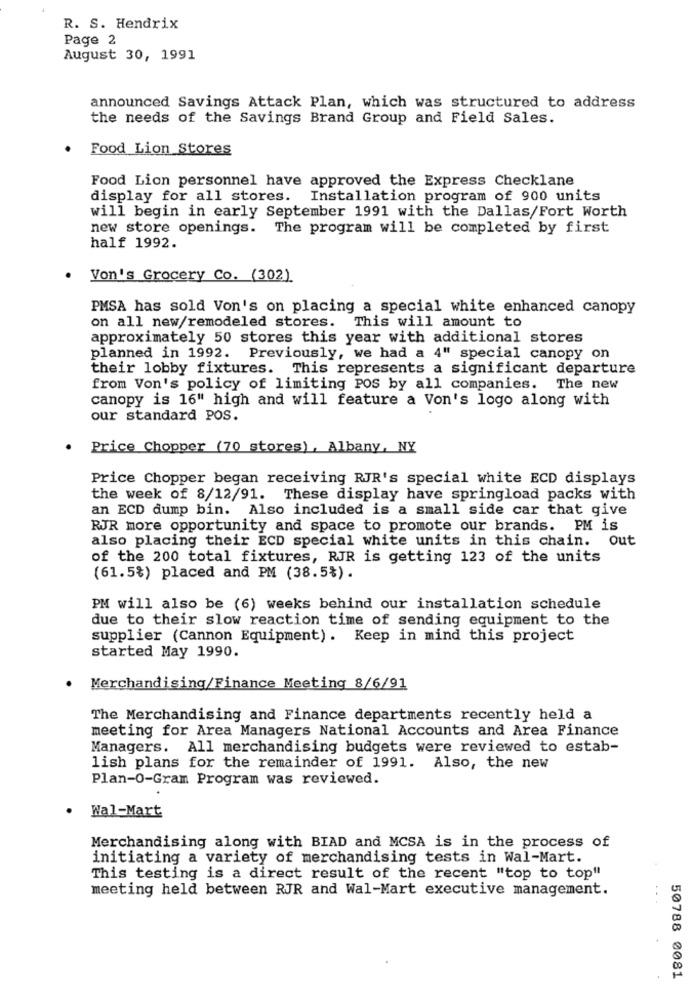
R. S. Hendrix
Page 2
August 30, 1991
announced Savings Attack Plan, which was structured to address
the needs of the Savings Brand Group and Field Sales.
Food Lion Stores
Food Lion personnel have approved the Express Checklane
display for all stores. Installation program of 900 units
will begin in early September 1991 with the Dallas/Fort Worth
new store openings. The program will be completed by first
half 1992.
Von's Grocery Co. (302)
PMSA has sold Von's on placing a special white enhanced canopy
on all new/remodeled stores. This will amount to
approximately 50 stores this year with additional stores
planned in 1992. Previously, we had a 4" special canopy on
their lobby fixtures. This represents a significant departure
from Von's policy of limiting POS by all companies. The new
canopy is 16" high and will feature a Von's logo along with
our standard POS.
Price Chopper (70 stores), Albany, NY
Price Chopper began receiving RJR's special white ECD displays
the week of 8/12/91. These display have springload packs with
an ECD dump bin. Also included is a small side car that give
RJR more opportunity and space to promote our brands. PM is
also placing their ECD special white units in this chain. out
of the 200 total fixtures, RJR is getting 123 of the units
(61.5%) placed and PM (38.5%).
PM will also be (6) weeks behind our installation schedule
due to their slow reaction time of sending equipment to the
supplier (Cannon Equipment). Keep in mind this project
started May 1990.
.
Merchandising/Finance Meeting 8/6/91
The Merchandising and Finance departments recently held a
meeting for Area Managers National Accounts and Area Finance
Managers. All merchandising budgets were reviewed to estab-
lish plans for the remainder of 1991. Also, the new
Plan-O-Gram Program was reviewed.
Wal-Mart
Merchandising along with BIAD and MCSA is in the process of
initiating a variety of merchandising tests in Wal-Mart.
This testing is a direct result of the recent "top to top"
meeting held between RJR and Wal-Mart executive management.
50788 0081